Leaving Certificate Examination (including Day School Certificate (Higher) General paper), 1937
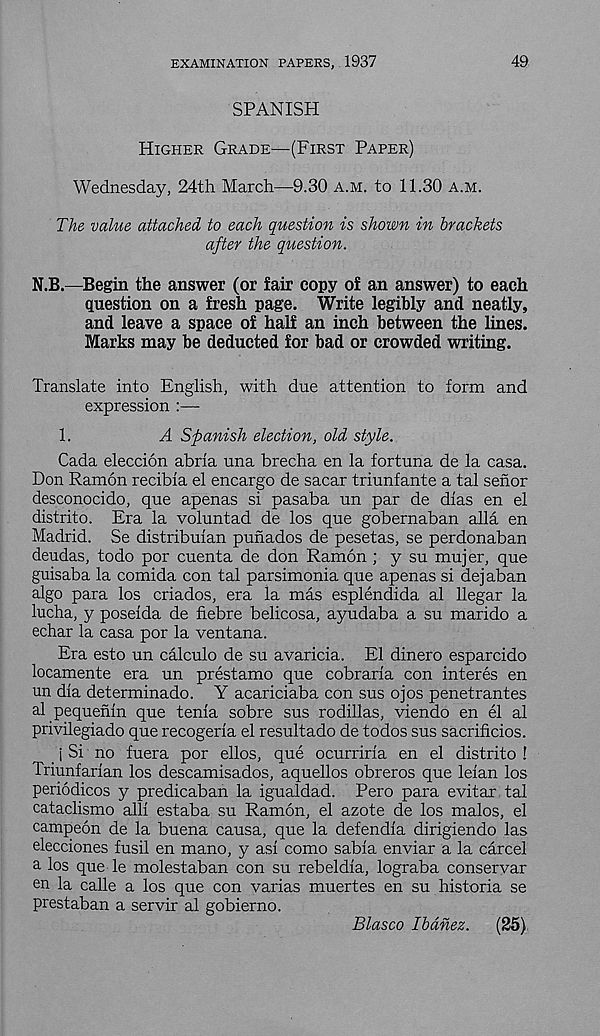
EXAMINATION PAPERS, 1937
49
SPANISH
Higher Grade—(First Paper)
Wednesday, 24th March—9.30 A.M. to 11.30 a.m.
The value attached to each question is shown in brackets
after the question.
N.B.—Begin the answer (or fair copy of an answer) to each
question on a fresh page. Write legibly and neatly,
and leave a space of half an inch between the lines.
Marks may be deducted for bad or crowded writing.
Translate into English, with due attention to form and
expression :—-
1.
A Spanish election, old style.
Cada eleccion abria una brecha en la fortuna de la casa.
Don Ramon recibla el encargo de sacar triunfante a tal senor
desconocido, que apenas si pasaba un par de dlas en el
distrito. Era la voluntad de los que gobernaban alia en
Madrid. Se distribuian punados de pesetas, se perdonaban
deudas, todo por cuenta de don Ramon ; y su mujer, que
guisaba la comida con tal parsimonia que apenas si dejaban
algo para los criados, era la mas esplendida al llegar la
lucha, y poselda de fiebre belicosa, ayudaba a su marido a
echar la casa por la ventana.
Era esto un calculo de su avaricia. El dinero esparcido
locamente era un prestamo que cobraria con interes en
un dla determinado. Y acariciaba con sus ojos penetrantes
al pequehm que tenia sobre sus rodillas, viendo en el al
privilegiado que recogeria el resultado de todos sus sacrificios.
J Si no fuera por ellos, que ocurriria en el distrito !
Triunfarian los descamisados, aquellos obreros que leian los
periodicos y predicaban la igualdad. Pero para evitar tal
cataclismo alii estaba su Ramon, el azote de los malos, el
campeon de la buena causa, que la defendia dirigiendo las
elecciones fusil en mano, y asi como sabia enviar a la carcel
a los que le molestaban con su rebeldia, lograba conservar
en la calle a los que con varias muertes en su historia se
prestaban a servir al gobierno.
Blasco Ibanez.
(25)